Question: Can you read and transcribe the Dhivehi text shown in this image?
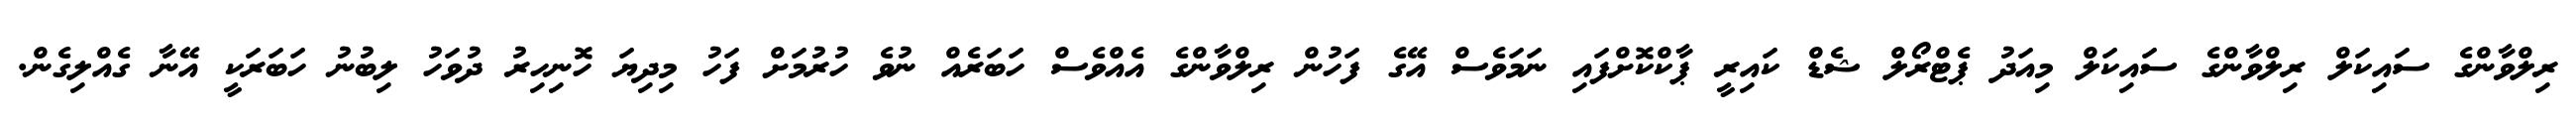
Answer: ރިލްވާންގެ ސައިކަލް ރިލްވާންގެ ސައިކަލް މިއަދު ޕެޓްރޯލް ޝެޑް ކައިރީ ޕާކްކޮށްފައި ނަމަވެސް އޭގެ ފަހުން ރިލްވާންގެ އެއްވެސް ހަބަރެއް ނުވެ ހުރުމަށް ފަހު މިދިޔަ ހޮނިހިރު ދުވަހު ލިބުނު ހަބަރަކީ އޭނާ ގެއްލިގެން.